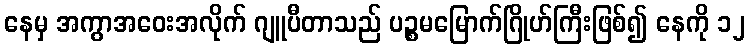
နေမှ အကွာအဝေးအလိုက် ဂျူပီတာသည် ပဉ္စမမြောက်ဂြိုဟ်ကြီးဖြစ်၍ နေကို ၁၂